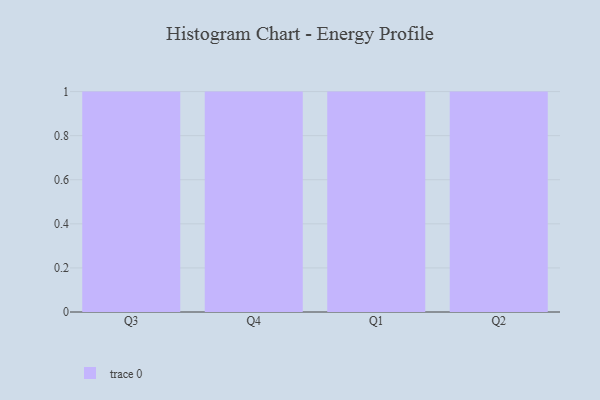
{"axis": {"x": "Quarter", "y": "Revenue (USD Million)"}, "legend": [""], "data": [{"x": "Q3", "y": 26, "type": ""}, {"x": "Q4", "y": 80, "type": ""}, {"x": "Q1", "y": 97, "type": ""}, {"x": "Q2", "y": 27, "type": ""}]}